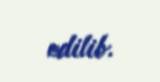
edilib.